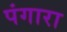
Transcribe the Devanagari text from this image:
पंगारा